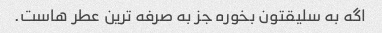
اگه به سلیقتون بخوره جز به صرفه ترین عطر هاست.